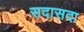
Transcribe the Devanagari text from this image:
सदासदा